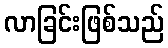
လာခြင်းဖြစ်သည်